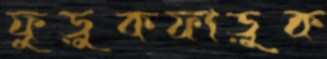
ফুড়ুকফাড়ুক